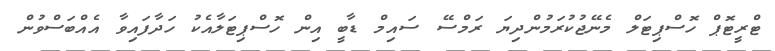
ޓްރީޓޮޕް ހޮސްޕިޓަލް މެނޭޖުކުރަމުންދިޔަ ރަމްސޭ ސައިމް ޑާބީ އިން ހޮސްޕިޓަލާއެކު ހަދާފައިވާ އެއްބަސްވުން